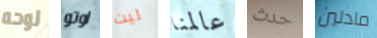
لوحه اوتو ليت عالمنا حدث مادلين